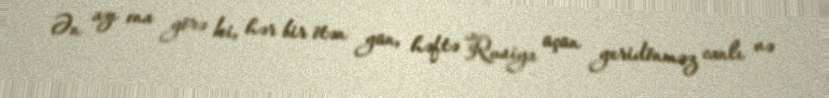
Ən azı ona görə ki, hər bir ötən gün, həftə Rusiya üçün geridönməz canlı və